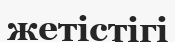
жетістігі